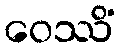
ဝေဿိံ